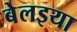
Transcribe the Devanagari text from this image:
बेलइया